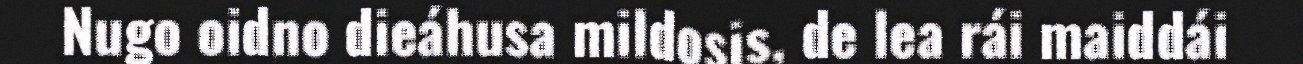
Nugo oidno dieáhusa mildosis, de lea rái maiddái